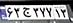
۶۳ج۳۷۷۱۳